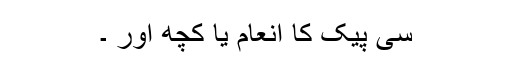
سی پیک کا انعام یا کچھ اور ۔